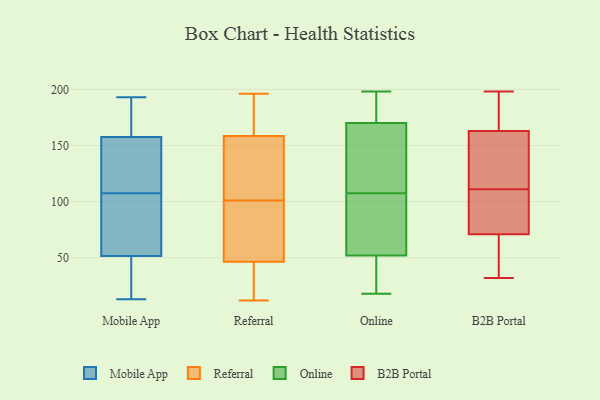
{"axis": {"x": "LTV (USD)", "y": "Value"}, "legend": ["B2B Portal", "Mobile App", "Online", "Referral"], "data": [{"x": "", "y": 193, "type": "Mobile App"}, {"x": "", "y": 174, "type": "Mobile App"}, {"x": "", "y": 117, "type": "Mobile App"}, {"x": "", "y": 170, "type": "Mobile App"}, {"x": "", "y": 29, "type": "Mobile App"}, {"x": "", "y": 143, "type": "Mobile App"}, {"x": "", "y": 154, "type": "Mobile App"}, {"x": "", "y": 98, "type": "Mobile App"}, {"x": "", "y": 61, "type": "Mobile App"}, {"x": "", "y": 84, "type": "Mobile App"}, {"x": "", "y": 40, "type": "Mobile App"}, {"x": "", "y": 152, "type": "Mobile App"}, {"x": "", "y": 13, "type": "Mobile App"}, {"x": "", "y": 161, "type": "Mobile App"}, {"x": "", "y": 53, "type": "Mobile App"}, {"x": "", "y": 50, "type": "Mobile App"}, {"x": "", "y": 144, "type": "Referral"}, {"x": "", "y": 152, "type": "Referral"}, {"x": "", "y": 173, "type": "Referral"}, {"x": "", "y": 98, "type": "Referral"}, {"x": "", "y": 166, "type": "Referral"}, {"x": "", "y": 120, "type": "Referral"}, {"x": "", "y": 84, "type": "Referral"}, {"x": "", "y": 165, "type": "Referral"}, {"x": "", "y": 104, "type": "Referral"}, {"x": "", "y": 40, "type": "Referral"}, {"x": "", "y": 196, "type": "Referral"}, {"x": "", "y": 12, "type": "Referral"}, {"x": "", "y": 53, "type": "Referral"}, {"x": "", "y": 56, "type": "Referral"}, {"x": "", "y": 28, "type": "Referral"}, {"x": "", "y": 38, "type": "Referral"}, {"x": "", "y": 170, "type": "Online"}, {"x": "", "y": 124, "type": "Online"}, {"x": "", "y": 47, "type": "Online"}, {"x": "", "y": 91, "type": "Online"}, {"x": "", "y": 18, "type": "Online"}, {"x": "", "y": 76, "type": "Online"}, {"x": "", "y": 193, "type": "Online"}, {"x": "", "y": 170, "type": "Online"}, {"x": "", "y": 56, "type": "Online"}, {"x": "", "y": 44, "type": "Online"}, {"x": "", "y": 143, "type": "Online"}, {"x": "", "y": 166, "type": "Online"}, {"x": "", "y": 52, "type": "Online"}, {"x": "", "y": 182, "type": "Online"}, {"x": "", "y": 78, "type": "Online"}, {"x": "", "y": 38, "type": "Online"}, {"x": "", "y": 198, "type": "Online"}, {"x": "", "y": 193, "type": "Online"}, {"x": "", "y": 188, "type": "B2B Portal"}, {"x": "", "y": 110, "type": "B2B Portal"}, {"x": "", "y": 32, "type": "B2B Portal"}, {"x": "", "y": 94, "type": "B2B Portal"}, {"x": "", "y": 116, "type": "B2B Portal"}, {"x": "", "y": 198, "type": "B2B Portal"}, {"x": "", "y": 46, "type": "B2B Portal"}, {"x": "", "y": 68, "type": "B2B Portal"}, {"x": "", "y": 161, "type": "B2B Portal"}, {"x": "", "y": 127, "type": "B2B Portal"}, {"x": "", "y": 190, "type": "B2B Portal"}, {"x": "", "y": 123, "type": "B2B Portal"}, {"x": "", "y": 93, "type": "B2B Portal"}, {"x": "", "y": 72, "type": "B2B Portal"}, {"x": "", "y": 35, "type": "B2B Portal"}, {"x": "", "y": 169, "type": "B2B Portal"}, {"x": "", "y": 111, "type": "B2B Portal"}]}